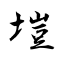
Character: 塏